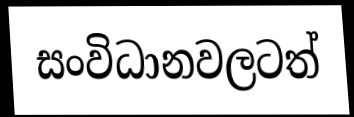
සංවිධානවලටත්